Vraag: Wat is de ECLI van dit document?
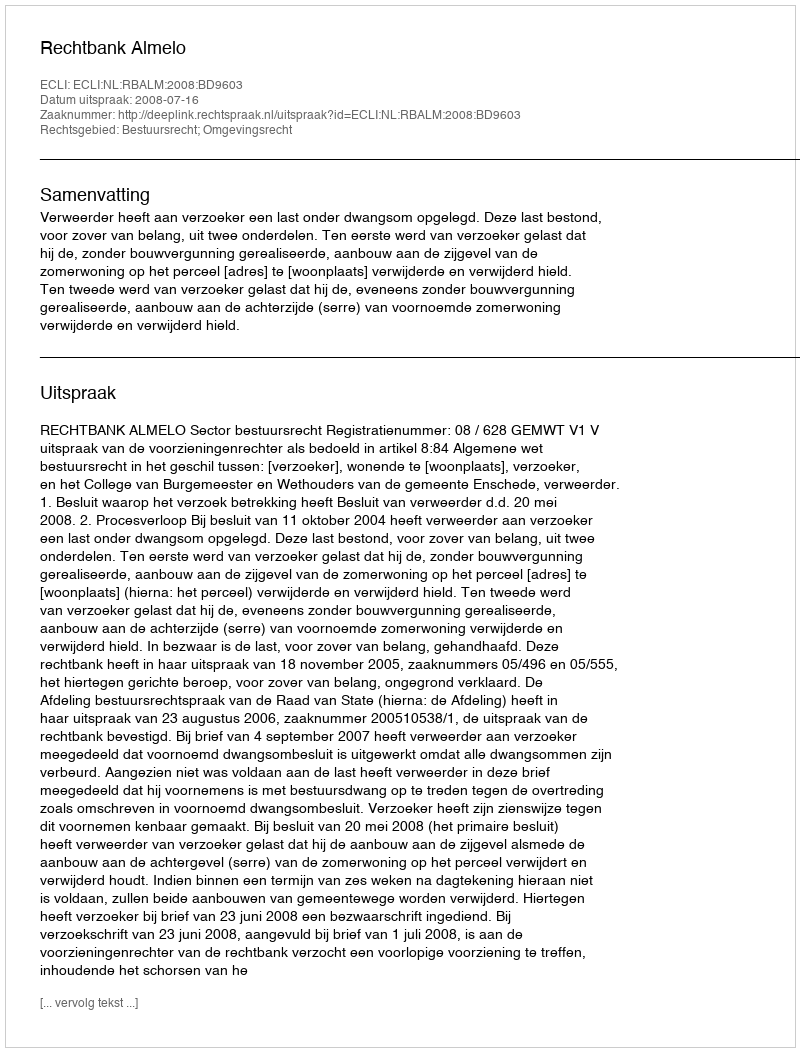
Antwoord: ECLI:NL:RBALM:2008:BD9603